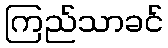
ကြည်သာခင်